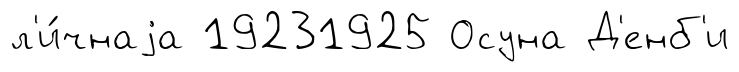
л'и́чнаjа 19231925 Осуна Д'енб'и